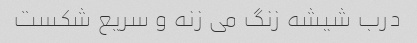
درب شیشه زنگ می زنه و سریع شکست